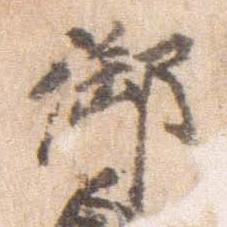
御